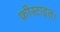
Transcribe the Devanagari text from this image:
फ्रीस्टाइल।